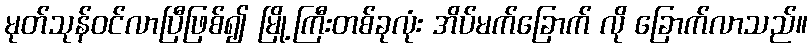
မုတ်သုန်ဝင်လာပြီဖြစ်၍ မြို့ကြီးတစ်ခုလုံး အိပ်မက်ခြောက် လို ခြောက်လာသည်။